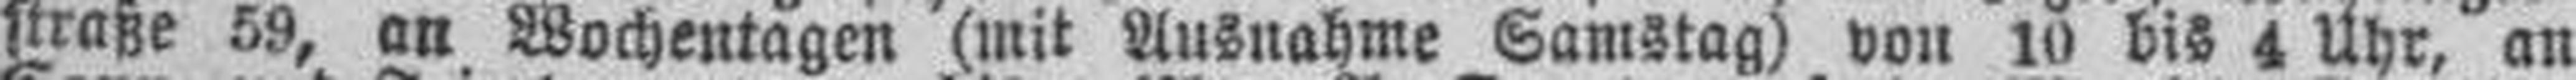
straße 59, an Wochentagen (mit Ausnahme Samstag) von 10 bis 4 Uhr, an